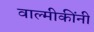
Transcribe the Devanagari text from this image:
वाल्मीकींनी